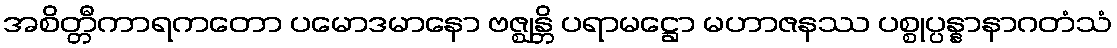
အစိတ္တီကာရကတော ပမောဒမာနော ဗဇ္ဈန္တိ ပရာမဋ္ဌော မဟာဇနဿ ပစ္စုပ္ပန္နာနာဂတံသံ